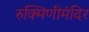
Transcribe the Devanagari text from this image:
रुक्मिणीमंदिर